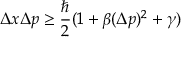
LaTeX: \Delta x \Delta p \ge \frac { \hbar } { 2 } ( 1 + \beta ( \Delta p ) ^ { 2 } + \gamma )